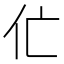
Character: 𱎝